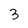
Character: 3